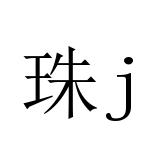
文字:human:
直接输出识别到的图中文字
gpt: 珠j